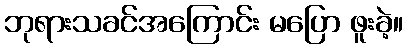
ဘုရားသခင်အကြောင်း မပြော ဖူးခဲ့။